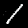
Digit: 1